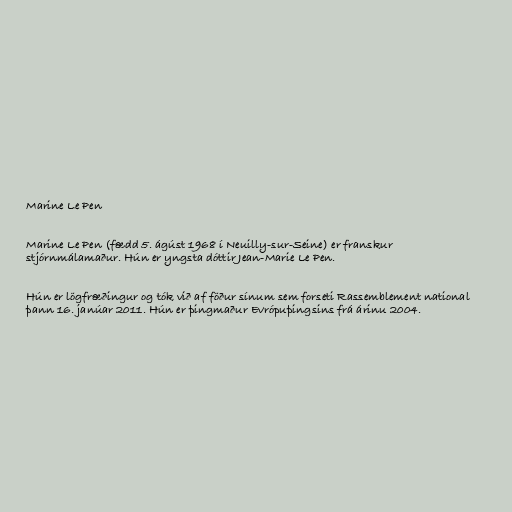
Marine Le Pen

Marine Le Pen (fædd 5. ágúst 1968 í Neuilly-sur-Seine) er franskur
stjórnmálamaður. Hún er yngsta dóttir Jean-Marie Le Pen.

Hún er lögfræðingur og tók við af föður sínum sem forseti Rassemblement national
þann 16. janúar 2011. Hún er þingmaður Evrópuþingsins frá árinu 2004.